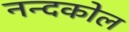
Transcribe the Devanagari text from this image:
नन्दकोल